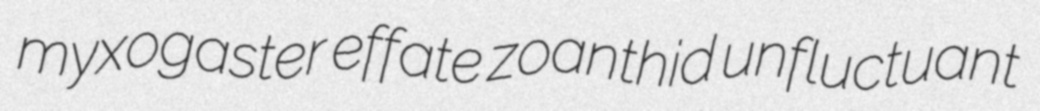
myxogaster effate zoanthid unfluctuant